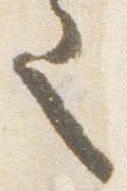
也